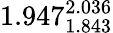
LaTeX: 1.947_{1.843}^{2.036}